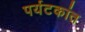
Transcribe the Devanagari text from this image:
पर्यटकांत